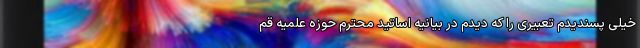
خیلی پسندیدم تعبیری را که دیدم در بیانیه اساتید محترم حوزه علمیه قم